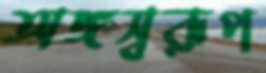
অঙ্গস্বরূপ